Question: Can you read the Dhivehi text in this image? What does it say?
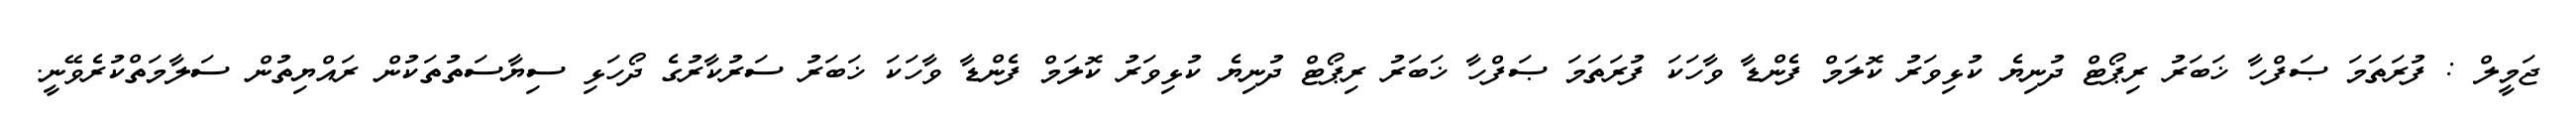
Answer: ޖަމީލް : ފުރަތަމަ ޞަފްހާ ޚަބަރު ރިޕޯޓް ދުނިޔެ ކުޅިވަރު ކޮލަމް ފެންޑާ ވާހަކަ ފުރަތަމަ ޞަފްހާ ޚަބަރު ރިޕޯޓް ދުނިޔެ ކުޅިވަރު ކޮލަމް ފެންޑާ ވާހަކަ ޚަބަރު ސަރުކާރުގެ ދޯހަޅި ސިޔާސަތުތަކުން ރައްޔިތުން ސަލާމަތްކުރެވޭނީ.